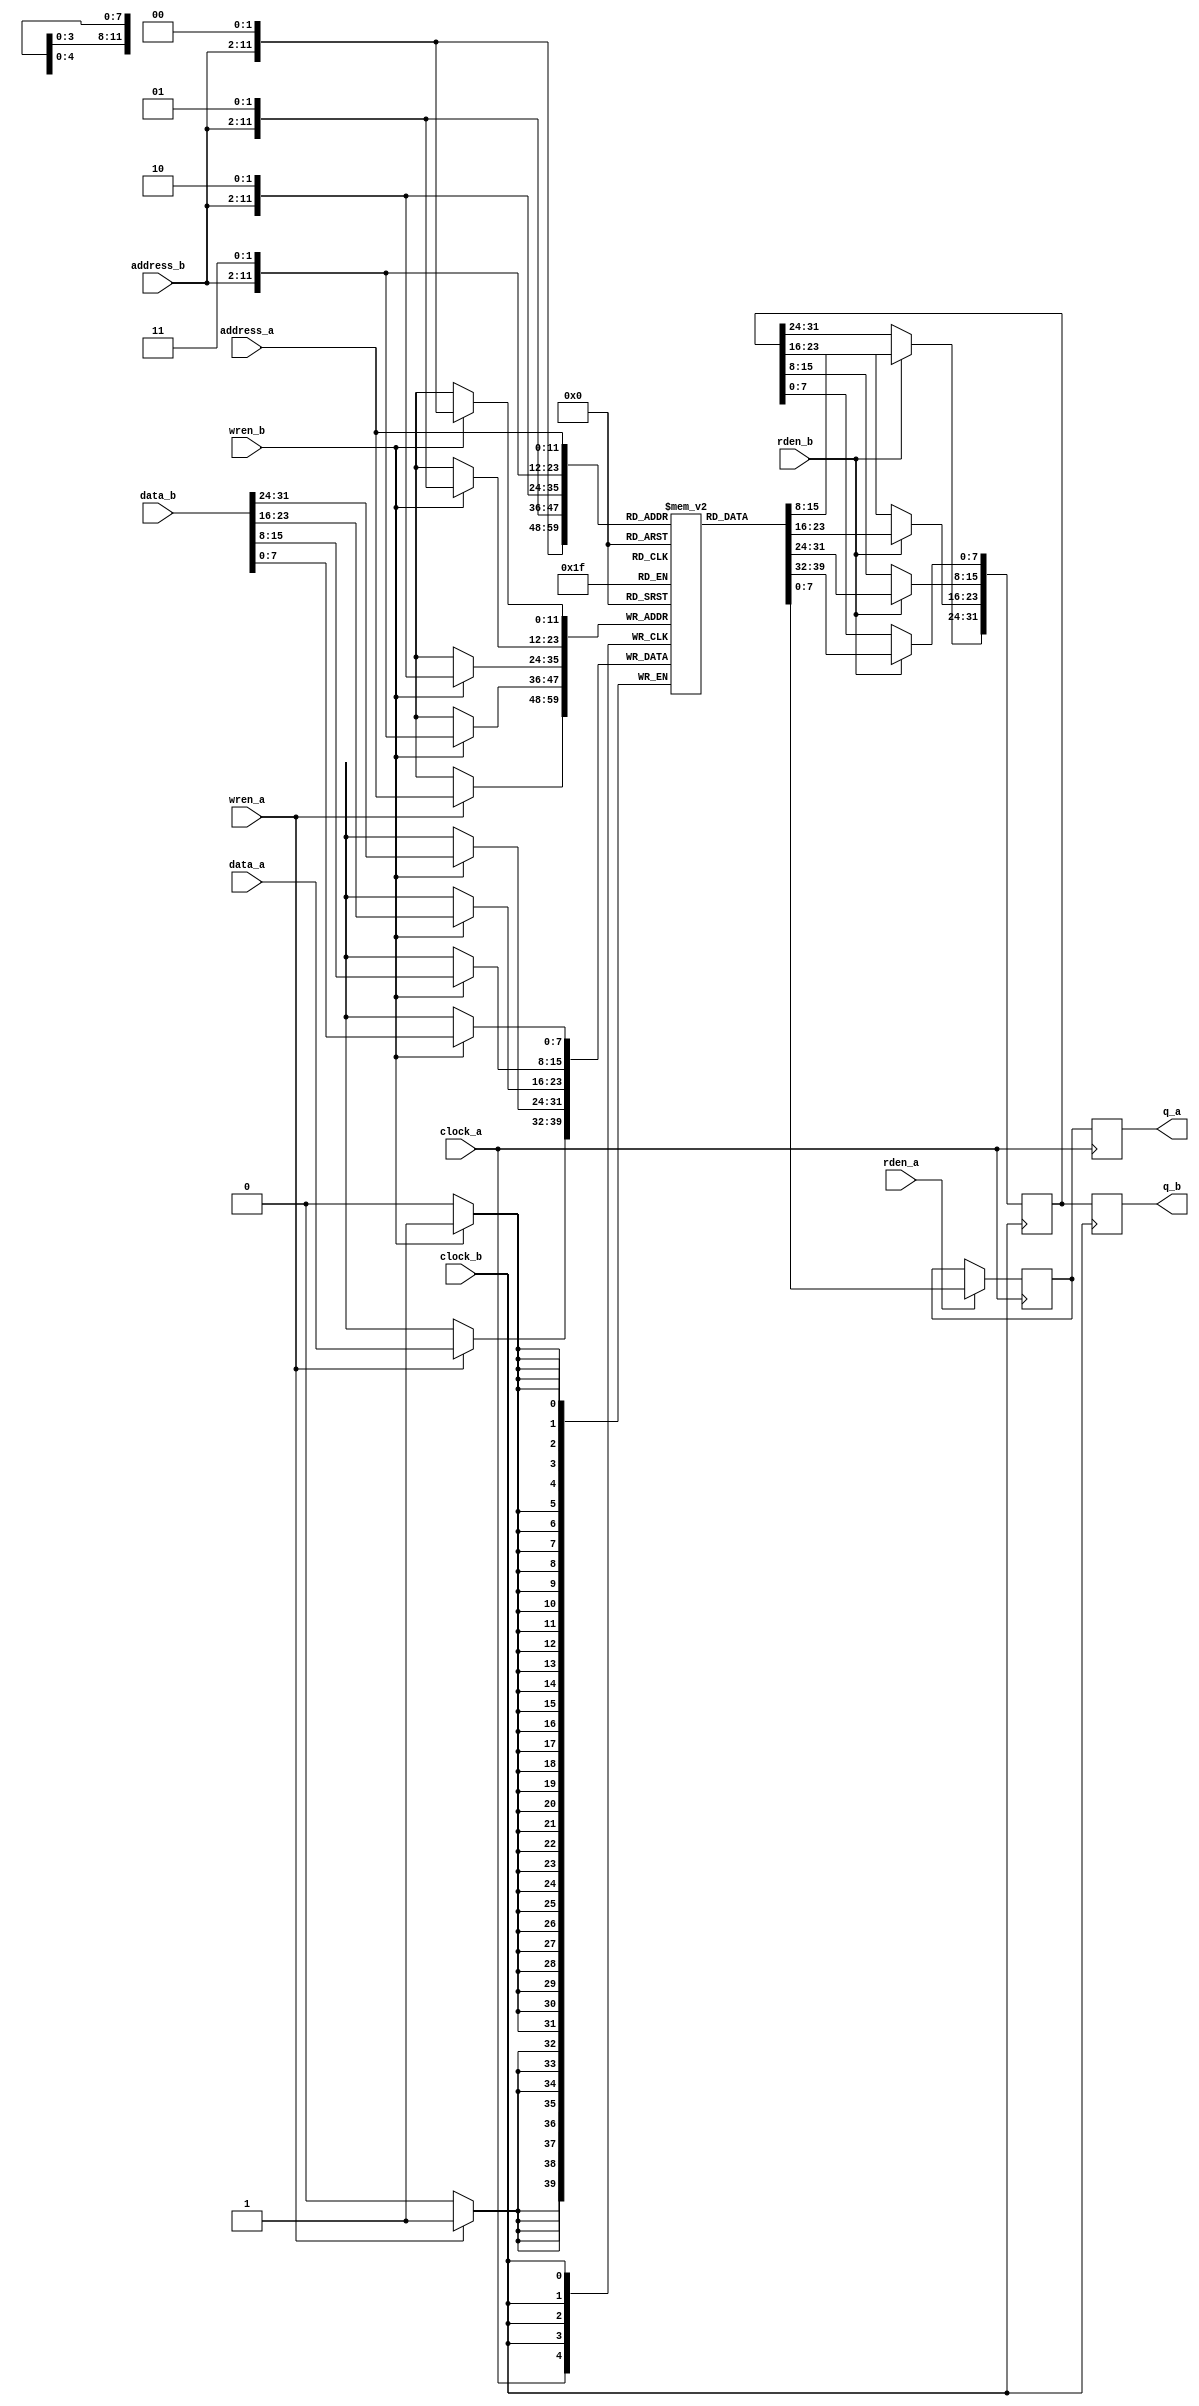
// Copyright 2008-2019 Frederic Requin
//
// This file is part of the 1943 FPGA core
//
// The 1943 FPGA core is free software; you can redistribute it and/or modify
// it under the terms of the GNU General Public License as published by
// the Free Software Foundation; either version 3 of the License, or
// (at your option) any later version.
//
// The 1943 FPGA core is distributed in the hope that it will be useful,
// but WITHOUT ANY WARRANTY; without even the implied warranty of
// MERCHANTABILITY or FITNESS FOR A PARTICULAR PURPOSE.  See the
// GNU General Public License for more details.
//
// You should have received a copy of the GNU General Public License
// along with this program.  If not, see <http://www.gnu.org/licenses/>.

module mem_dc_4096x8to32r
(
    // Z80 side (4096 x 8-bit)
    input          clock_a,
    input          rden_a,
    input          wren_a,
    input   [11:0] address_a,
    input    [7:0] data_a,
    output   [7:0] q_a,
    // GPU side (1024 x 32-bit)
    input          clock_b,
    input          rden_b,
    input          wren_b,
    input    [9:0] address_b,
    input   [31:0] data_b,
    output  [31:0] q_b
);
    parameter [255:0] INIT_FILE = "NONE";
    
    // ========================================================
    /* verilator lint_off MULTIDRIVEN */
    
    // Registered output A
    reg  [7:0] r_q_a_p0;
    reg  [7:0] r_q_a_p1;

    // Registered output B
    reg [31:0] r_q_b_p0;
    reg [31:0] r_q_b_p1;
    
    // 1 x 4096 x 8 bit memory blocks
    reg  [7:0] r_mem_blk [0:4095];
    
    integer i;

    // ========================================================
    
    initial
    begin
        if (INIT_FILE == "NONE") begin
            for (i = 0; i < 4096; i = i + 1) begin
                r_mem_blk[i] = 8'h00;
            end
        end
        else begin
            $readmemh(INIT_FILE, r_mem_blk);
        end
    end
    
    // ========================================================
    
    // Port A write
    always @(posedge clock_a) begin : WR_PORT_A
        if (wren_a) begin
            r_mem_blk[address_a] <= data_a;
        end
    end
    
    // Port A read
    always @(posedge clock_a) begin : RD_PORT_A
        if (rden_a) begin
            r_q_a_p0 <= r_mem_blk[address_a];
        end
        r_q_a_p1 <= r_q_a_p0;
    end
    
    assign q_a = r_q_a_p1;
    
    // ========================================================
    
    // Port B write
    always @(posedge clock_b) begin : WR_PORT_B
        if (wren_b) begin
            r_mem_blk[{ address_b, 2'd0 }] <= data_b[ 7: 0];
            r_mem_blk[{ address_b, 2'd1 }] <= data_b[15: 8];
            r_mem_blk[{ address_b, 2'd2 }] <= data_b[23:16];
            r_mem_blk[{ address_b, 2'd3 }] <= data_b[31:24];
        end
    end
    
    // Port B read
    always @(posedge clock_b) begin : RD_PORT_B
        if (rden_b) begin
            r_q_b_p0[ 7: 0] <= r_mem_blk[{ address_b, 2'd0 }];
            r_q_b_p0[15: 8] <= r_mem_blk[{ address_b, 2'd1 }];
            r_q_b_p0[23:16] <= r_mem_blk[{ address_b, 2'd2 }];
            r_q_b_p0[31:24] <= r_mem_blk[{ address_b, 2'd3 }];
        end
        r_q_b_p1 <= r_q_b_p0;
    end
    
    assign q_b = r_q_b_p1;
    
    /* verilator lint_on MULTIDRIVEN */
    // ========================================================
    
endmodule